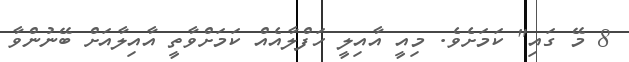
8 މޭ ގައި" ކަމަށެވެ. މިއީ އާއިލީ ހަފްލާއެއް ކަމަށްވާތީ އާއިލާއަށް ބޭނުންވާ